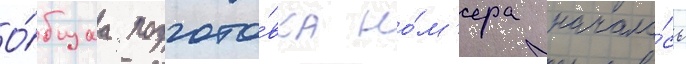
О́бщаа подгото́вка но́м'ера начала́сь